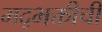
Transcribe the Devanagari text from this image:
मद्भक्तीची